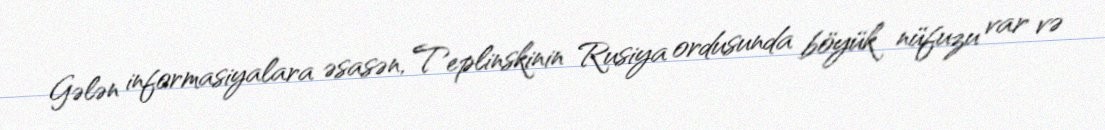
Gələn informasiyalara əsasən, Teplinskinin Rusiya ordusunda böyük nüfuzu var və